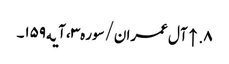
۸. ↑ آل عمران/سوره۳، آیه۱۵۹۔